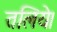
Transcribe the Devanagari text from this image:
तलिये।